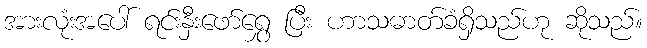
အားလုံးအပေါ် ရင်းနှီးဖော်ရွှေ ပြီး ဟာသဓာတ်ခံရှိသည်ဟု ဆိုသည်။